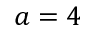
a = 4